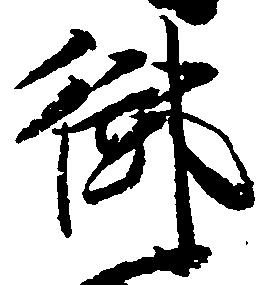
御